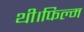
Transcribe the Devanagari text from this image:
थी।फिल्म